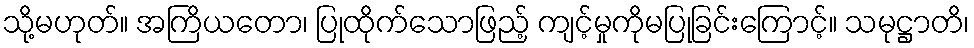
သို့မဟုတ်။ အကြိယတော၊ ပြုထိုက်သောဖြည့် ကျင့်မှုကိုမပြုခြင်းကြောင့်။ သမုဋ္ဌာတိ၊